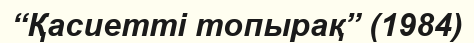
“Қасиетті топырақ” (1984)